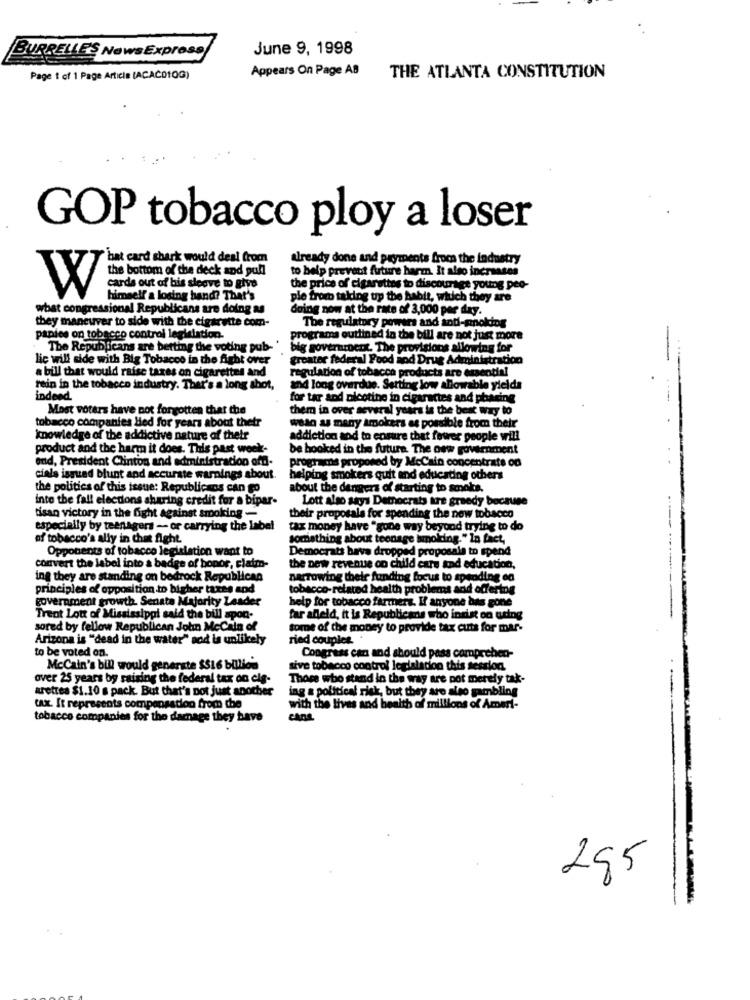
BURRELLE'S NewsExpress
June 9, 1998
Appears On Page AB
Page 1 of 1 Page Article (ACACD10G)
THE ATLANTA CONSTITUTION
GOP tobacco ploy a loser
bat card shark would deal from
already done and payments from the industry
the bottom of the deck and pull
to help prevent future harm. It also increases
cards out of his sloove to give
the price of cigarettes to discourage young peo-
W
himself a losing hand? That's
ple from taking up the habit, which they are
wbat congressional Republicans are doing as
doing now at the rate of 3,000 per day.
they maneuver to side with the cigarette com-
The regulatory powers and sadl-pnoking
panies on tobacco control legislation.
programa outlined in the bill are not just more
The Republicans are betting the voting pub-'
big government. The provisions allowing for
lic will side with Big Tobacco in the fight over
greater federal Food and Drug Administration
a bill that would raise taxes on cigarettes and
regulation of tobacco products are essential
rein in the tobacco industry. Ther's a long shot,
Ind long overdue. Setting low allowable yielda
indeed
for tar and nicotine in cigaractes and pharing
Most voters have not forgotten that the
them in over several years is the best way to
tobacco companies lied for years about thetr
weto as many smokers as possible from their
knowledge of the addictive nature of their
addiction and to ensure that fewer people will
product and the harm it does. This past week-
be hooked in the future. The new government
end, President Clinton and administration offi-
programs proposed by McCain concentrate on
cials issued blunt and accurate warnings about.
helping smokers quit and educating others
the politics of this issue: Republicans can go
about the dangers of starting to smoke.
into the fall elections sharing credit for a bipar-
Lott algo says Democrats are greedy because
tisan victory in the fight against smoking -
their proposals for spending the new tobacco
especially by teenagers - or carrying the label
tax money have "gone way beyond trying to do
of tobacco's ally in chat fight
something about teenage ismoking." In fact,
Opponents of tobacco legislation want to
Democrats hava dropped proposals to spend
convert the label into a badge of bopor, claim-
the new revenue on child care and education,
ing they are standing on bedrock Republican
narrowing their funding focus to spending en
principles of opposition to bigher taxes and
tobacco-related health problems and offering
government growth. Senate Majority Leader
help for tobacco farmers. If anyone has gone
Treat Lott of Mississippi said the bill spon-
far alleld, it is Republicans who indist oo aring
sored by fellow Republican John McCain of
some of the money to provide tax cuts for mar-
Arizona is "dead in the water" sod is unlikely
ried couples.
to be voted on.
Congress can and should pass comprehen-
McCain's bill would generate $516 billion
sive tobacco control legislacion this session.
over 25 years by raising the federal tax on cle-
Those who stand in the way are not merely tak-
arettes $1.10 s pack. But that's not just another
ing & political risk, but they are also gambling
tax. It represents compensation from the
with the lives and health of millions of Ameri-
tobacco companies for the damage they have
cant
295